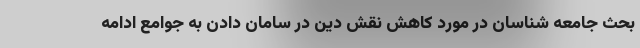
بحث جامعه شناسان در مورد کاهش نقش دین در سامان دادن به جوامع ادامه